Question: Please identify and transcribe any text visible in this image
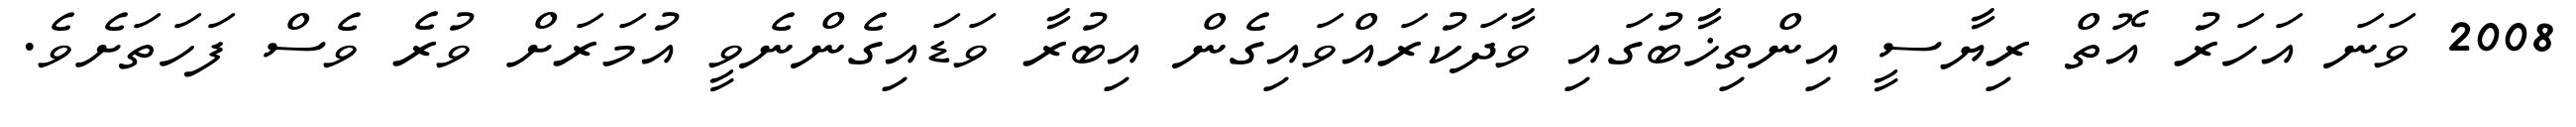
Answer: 2008 ވަނަ އަހަރު އޮތް ރިޔާސީ އިންތިޚާބުގައި ވާދަކުރައްވައިގެން އިބުރާ ވަޑައިގެންނެވީ އުމަރަށް ވުރެ ވެސް ފަހަތަށެވެ.